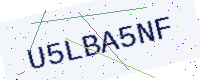
Text: U5LBA5NF